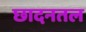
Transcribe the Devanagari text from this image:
छादनतल